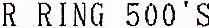
R RING 500'S